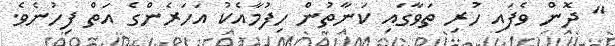
" ދޮން ވެފައި ހުރި ތަވާގައި ކަނާތުން ހިފުމާއެކު އަހަރެންގެ އަތް ފިހުނެވެ.